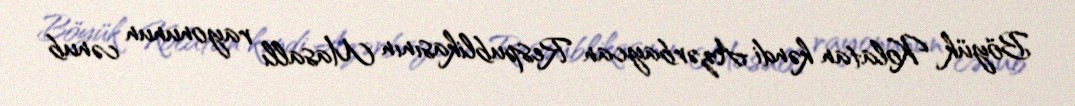
Böyük Kolatan kəndi Azərbaycan Respublikasının Masallı rayonunun cənub